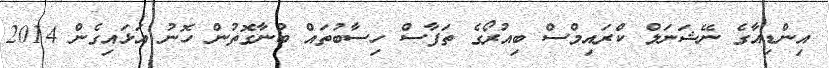
އިންޑިއާގެ ނޭޝަނަލް ކްރައިމްސް ބިއުރޯގެ ތަފާސް ހިސާބުތައް ބުނާގޮތުން ހޮނު އަޅައިގެން 2014